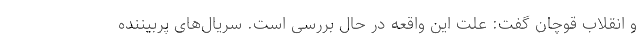
و انقلاب قوچان گفت: علت این واقعه در حال بررسی است. سریال‌های پربیننده